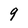
Character: 9